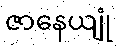
ဇာနေယျုံ